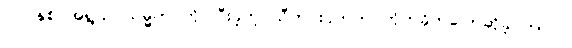
၇၁ နှစ် အရွယ် သမ္မတ ကို ပြီးခဲ့တဲ့ သီတင်းပတ်က တိုက်ခိုက်ပြောဆိုခဲ့ တာပါ။